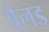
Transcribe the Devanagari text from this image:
वैलड